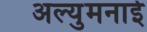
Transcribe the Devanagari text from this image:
अल्युमनाई